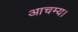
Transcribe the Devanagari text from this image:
आचम्य।